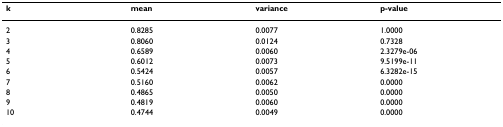
<table><thead><tr><td><b>k</b></td><td><b>mean</b></td><td><b>variance</b></td><td><b>p-value</b></td></tr></thead><tbody><tr><td>2</td><td>0.8285</td><td>0.0077</td><td>1.0000</td></tr><tr><td>3</td><td>0.8060</td><td>0.0124</td><td>0.7328</td></tr><tr><td>4</td><td>0.6589</td><td>0.0060</td><td>2.3279e-06</td></tr><tr><td>5</td><td>0.6012</td><td>0.0073</td><td>9.5199e-11</td></tr><tr><td>6</td><td>0.5424</td><td>0.0057</td><td>6.3282e-15</td></tr><tr><td>7</td><td>0.5160</td><td>0.0062</td><td>0.0000</td></tr><tr><td>8</td><td>0.4865</td><td>0.0050</td><td>0.0000</td></tr><tr><td>9</td><td>0.4819</td><td>0.0060</td><td>0.0000</td></tr><tr><td>10</td><td>0.4744</td><td>0.0049</td><td>0.0000</td></tr></tbody></table>